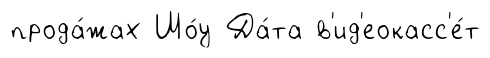
прода́жах Шо́у Да́та в'ид'еокасс'е́т